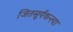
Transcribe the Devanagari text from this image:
जितसूर्यकन्त्या